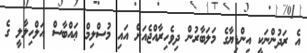
އެ ރަދުންނަކީ އިންޑިޔާގެ މަލަބާރުން ދިވެހިރާއްޖެއަށް އައި މުސްލިމް ޢައްބާސް އަލްހިލާލީ ގެ